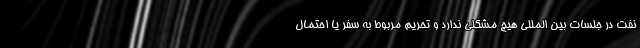
نفت در جلسات بین المللی هیچ مشکلی ندارد و تحریم مربوط به سفر یا احتمال